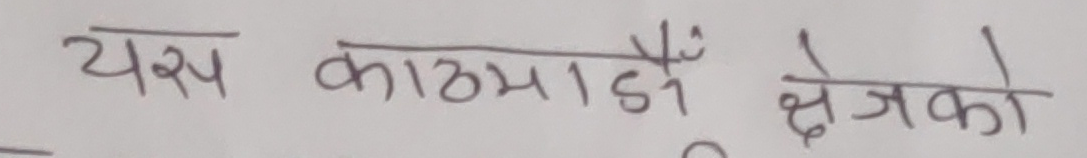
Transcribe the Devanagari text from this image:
यस काठमाडौ क्षेत्रको